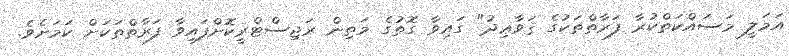
އަމަލީ މަސައްކަތްކުރާ ފަރާތްތަކުގެ ޤަވާޢިދު" ގައިވާ ގޮތުގެ މަތިން ރަޖިސްޓްރީކޮށްފައިވާ ފަރާތްތަކަށް ކަމަށެވެ.